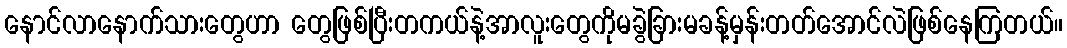
နောင်လာနောက်သားတွေဟာ တွေဖြစ်ပြီးတကယ်နဲ့အာလူးတွေကိုမခွဲခြားမခန့်မှန်းတတ်အောင်လဲဖြစ်နေကြတယ်။